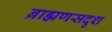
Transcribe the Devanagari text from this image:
ब्राह्मणसदृश